65_HS1-834228961_62-HQ-83894_Section_3
Agency: FBI
Page 44
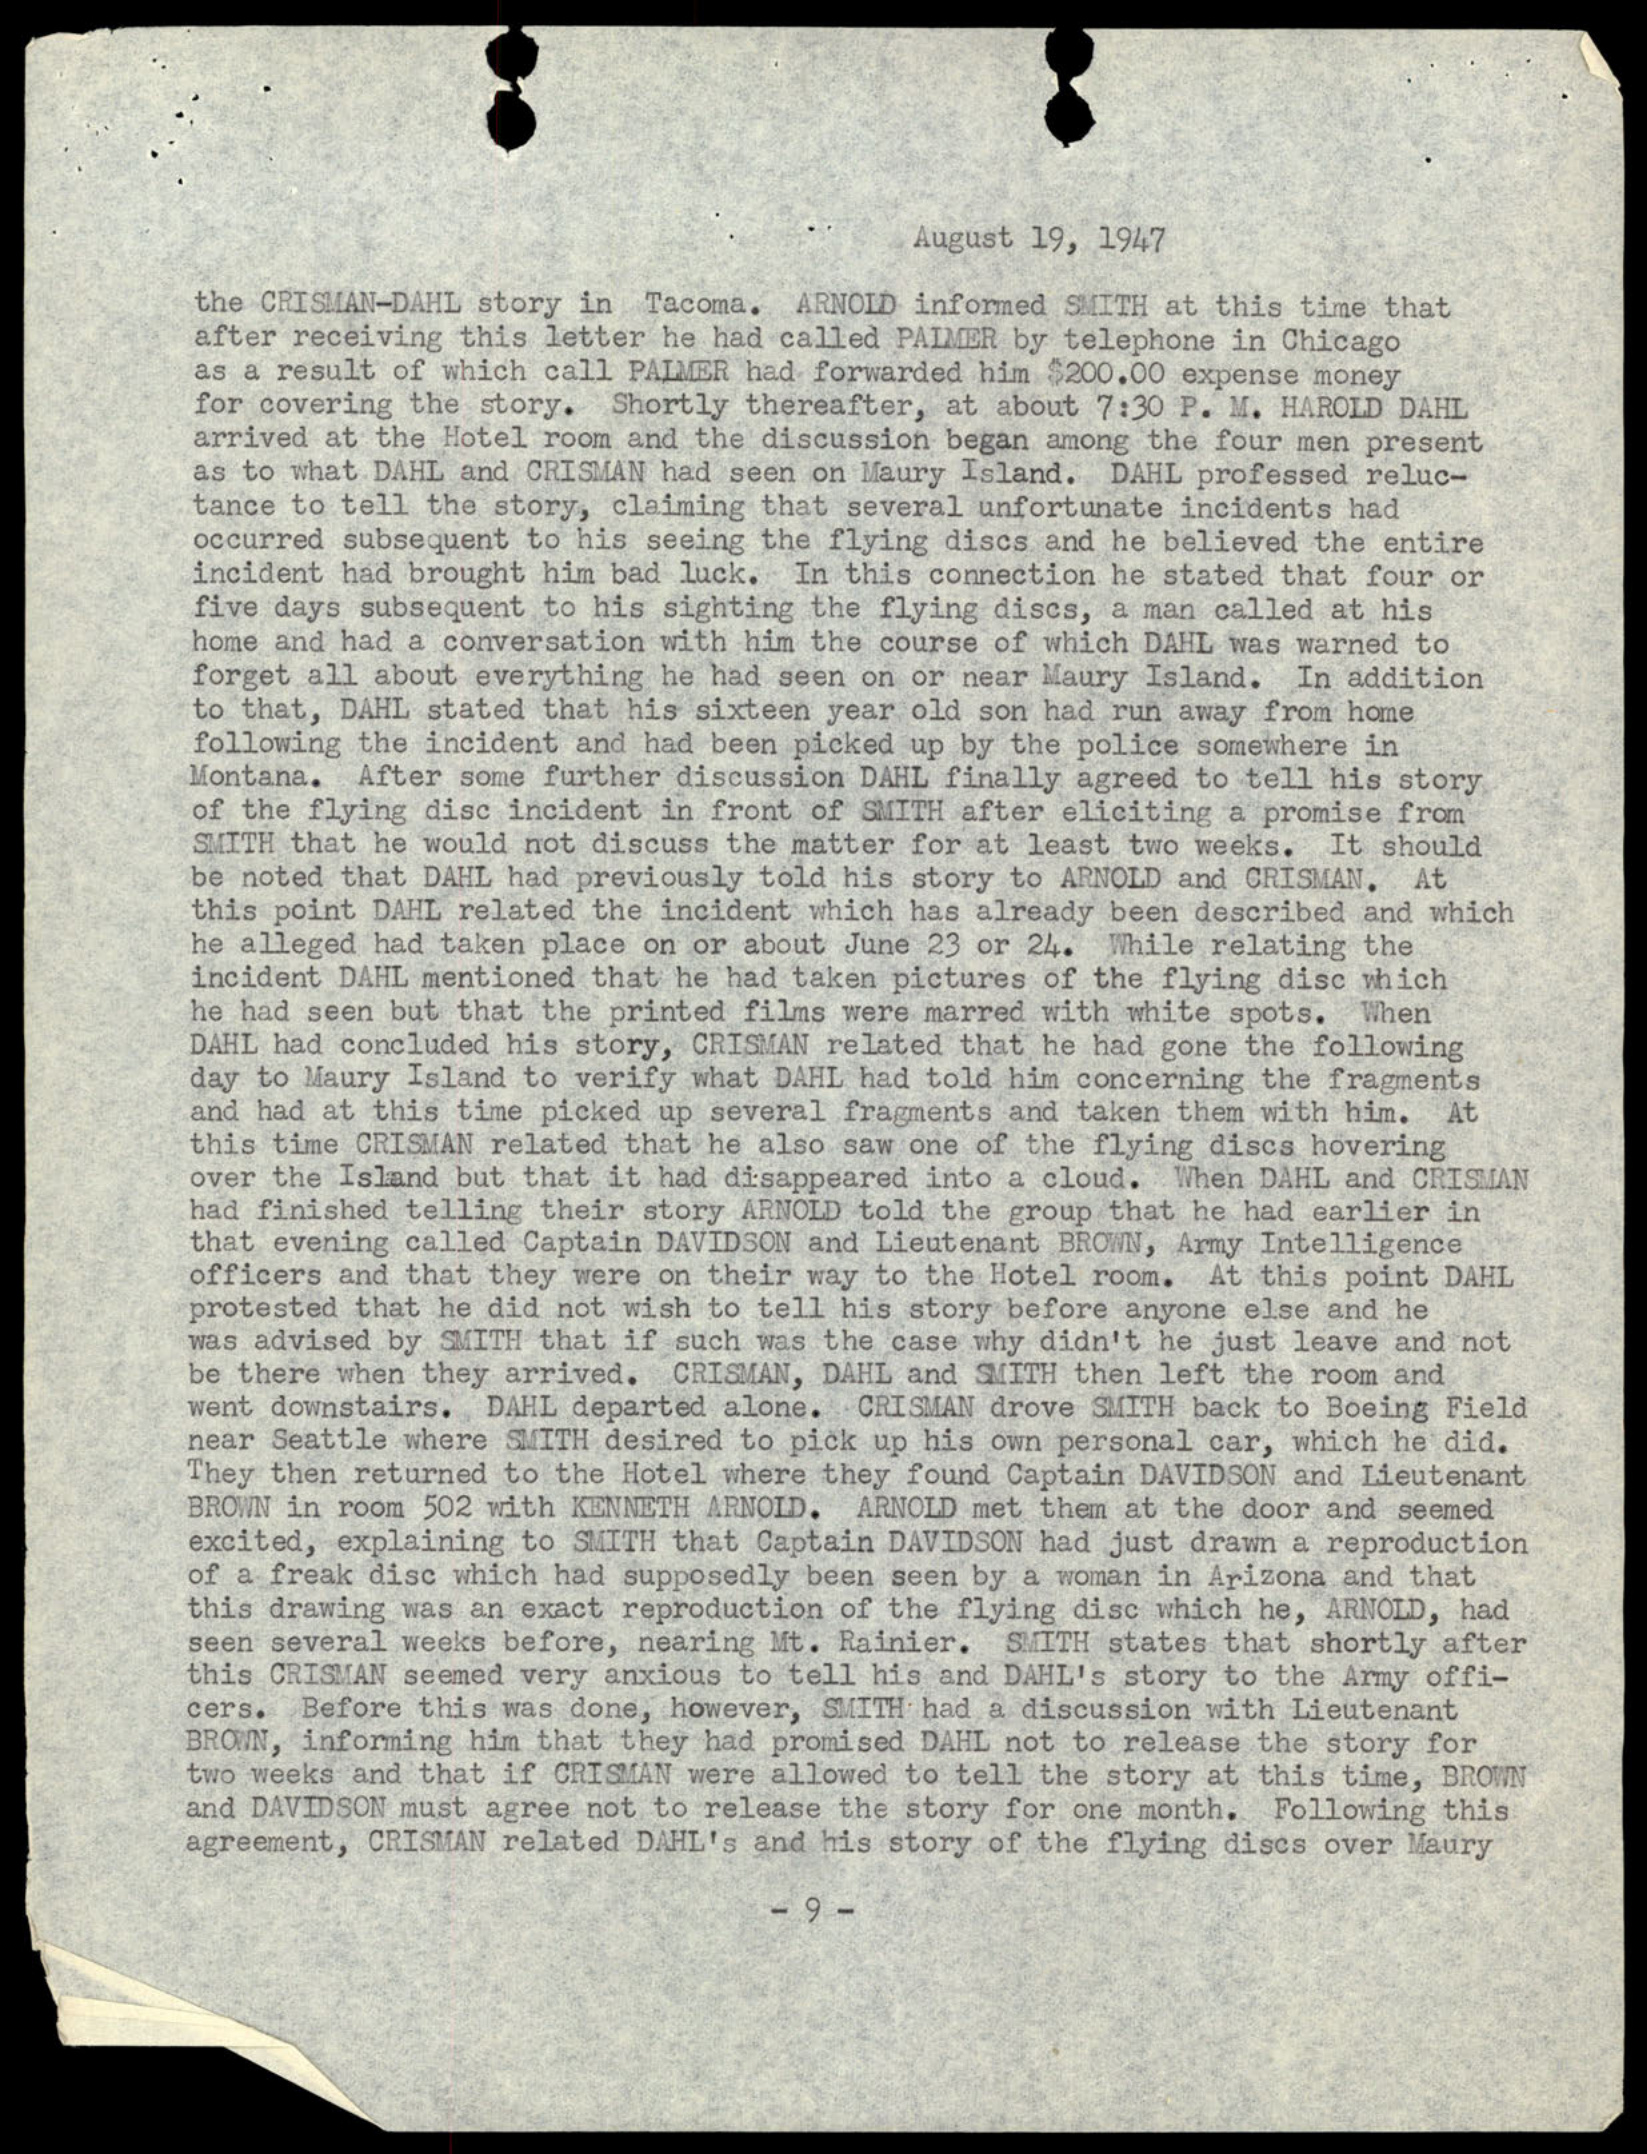